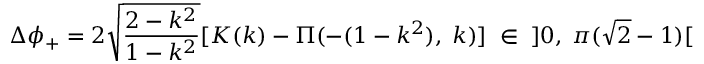
\Delta \phi _ { + } = 2 \sqrt { \frac { 2 - k ^ { 2 } } { 1 - k ^ { 2 } } } [ K ( k ) - \Pi ( - ( 1 - k ^ { 2 } ) , \; k ) ] \; \in \; \; ] 0 , \; \pi ( \sqrt { 2 } - 1 ) [